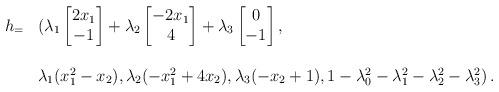
LaTeX: \begin{align*}\begin{array}{rl}h_=&(\lambda_1\begin{bmatrix}2x_1\\-1\end{bmatrix}+\lambda_2\begin{bmatrix}-2x_1\\4\end{bmatrix}+\lambda_3\begin{bmatrix}0\\-1\end{bmatrix},\\\\&\lambda_1(x_1^2-x_2),\lambda_2 (-x_1^2+4x_2),\lambda_3(-x_2+1),1-\lambda_0^2-\lambda_1^2-\lambda_2^2-\lambda_3^2)\,.\end{array}\end{align*}